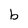
Character: b